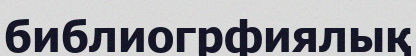
библиогрфиялық